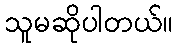
သူမဆိုပါတယ်။